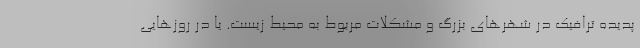
پدیده ترافیک در شهرهای بزرگ و مشکلات مربوط به محیط زیست. یا در روزهایی